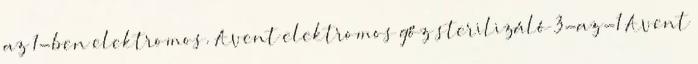
az 1-ben elektromos. Avent elektromos gőz sterilizáló 3-az-1 Avent